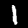
Label: 1